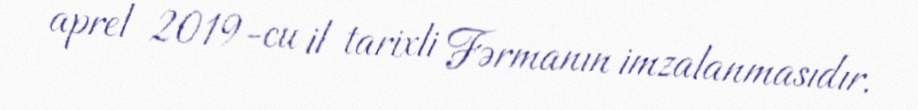
aprel 2019-cu il tarixli Fərmanın imzalanmasıdır.